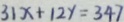
3 1 x + 1 2 y = 3 4 7